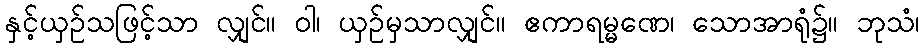
နှင့်ယှဉ်သဖြင့်သာ လျှင်။ ဝါ၊ ယှဉ်မှသာလျှင်။ ဧကာရမ္မဏေ၊ သောအာရုံ၌။ ဘုသံ၊